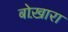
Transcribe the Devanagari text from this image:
बोख़ारा